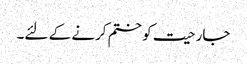
جارحیت کو ختم کرنے کے لئے۔